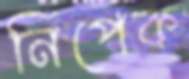
নিপেক